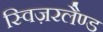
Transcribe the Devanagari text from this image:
स्विज़रलैण्ड